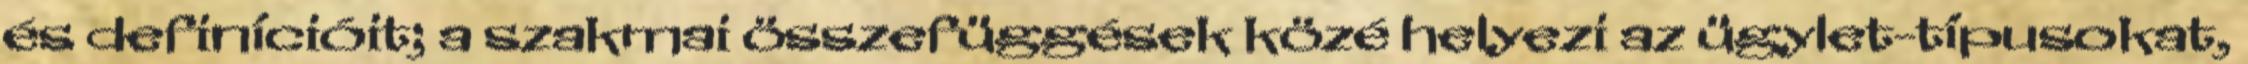
és definícióit; a szakmai összefüggések közé helyezi az ügylet-típusokat,